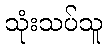
သုံးသပ်သူ